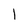
Character: l